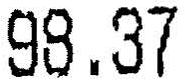
98.37